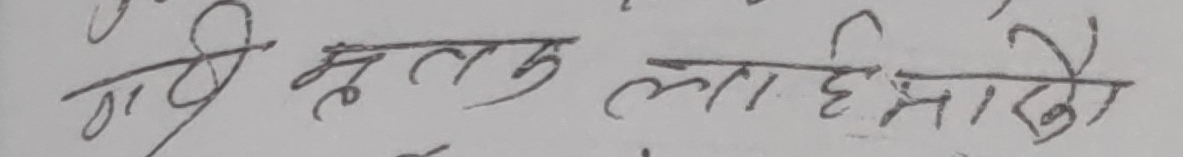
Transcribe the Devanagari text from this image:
गई मुलुक लाई हेर्दा